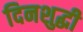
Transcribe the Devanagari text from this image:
दिनशुद्धी